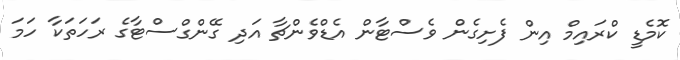
ކޮމެޑީ ކްރައިމް އިން ފެށިގެން ވެސްޓާން އެޑްވެންޗާ އަދި ގޭންގްސްޓާގެ ރަހަތަކާ ހަމަ